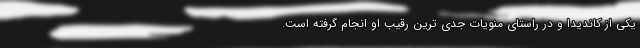
یکی از کاندیدا و در راستای منویات جدی ترین رقیب او انجام گرفته است.